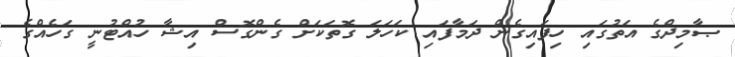
ޞާމިދްގެ އަތުގައި ހިފައިގެން ދަމާފައި ކަހަލަ ގޮތަކަށް ގެންގޮސް އިޝާ ހުއްޓުނީ ގަހެއްގެ